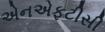
એનએફટીસી